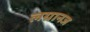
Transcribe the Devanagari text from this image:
लग्रानज